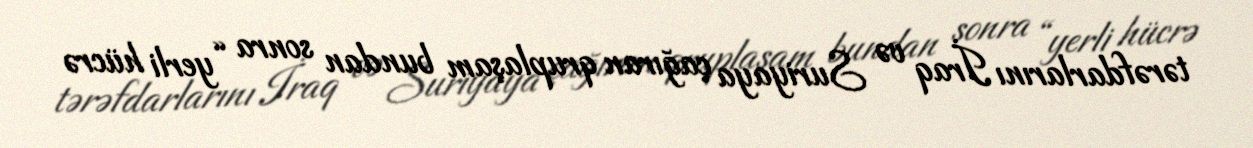
tərəfdarlarını İraq və Suriyaya çağıran qruplaşam bundan sonra “yerli hücrə